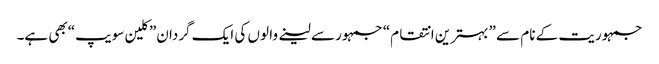
جمہوریت کے نام سے ” بہترین انتقام“ جمہور سے لینے وا لوں کی ایک گردان” کلین سویپ“بھی ہے۔